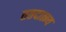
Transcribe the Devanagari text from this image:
ततदात्म्य